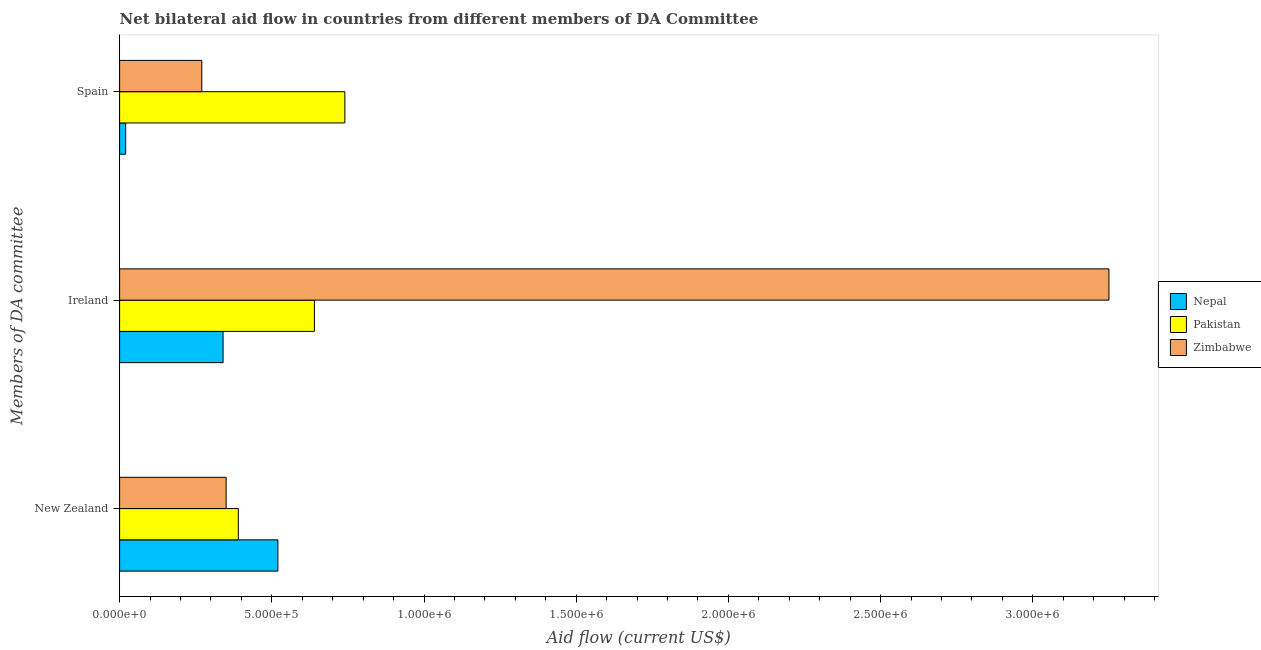
| Members of DA committee | Nepal | Pakistan | Zimbabwe |
 | --- | --- | --- | --- |
 | New Zealand | 5.2e+05 | 3.9e+05 | 3.5e+05 |
 | Ireland | 3.4e+05 | 6.4e+05 | 3.25e+06 |
 | Spain | 2e+04 | 7.4e+05 | 2.7e+05 |